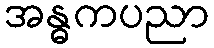
အန္ဓကပညာ